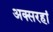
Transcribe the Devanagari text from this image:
अक्सरहां